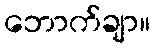
ဘောက်ချာ။